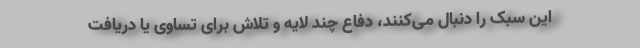
این سبک را دنبال می‌کنند، دفاع چند لایه و تلاش برای تساوی یا دریافت